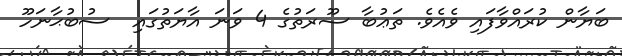
ބަޔާން ކުރައްވާފައި ވެއެވެ. ތަޢުބާ ސޫރަތުގެ 4 ވަނަ އާޔަތުގައި  ސުބުޙާނަހޫ